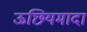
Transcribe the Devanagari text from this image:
ऊछियमादा